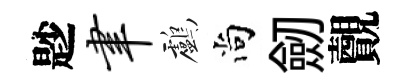
尟聿鸕尚劒覿